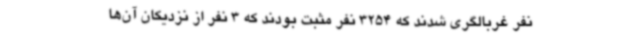
نفر غربالگری شدند که 3254 نفر مثبت بودند که 3 نفر از نزدیکان آن‌ها